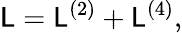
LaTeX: {\cal\mathsf{L}}={\cal\mathsf{L}}^{(2)}+{\cal\mathsf{L}}^{(4)},